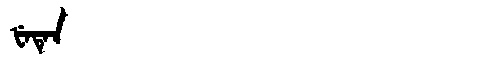
Manchu: ᡶᡝᡨᡝᠨ
Romanization: FETEN